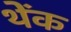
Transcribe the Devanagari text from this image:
थेंक